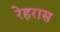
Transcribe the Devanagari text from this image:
रेहरास